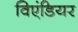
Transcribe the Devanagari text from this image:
विएंडियर